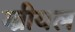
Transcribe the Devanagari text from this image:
ग्ब्रीयल